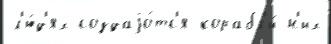
л'ю́д'ях создаjо́тс'я корабл'и́ н'их